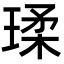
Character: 瑈